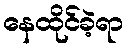
နေထိုင်ခဲ့ရာ